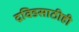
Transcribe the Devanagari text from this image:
द्रविडसाठीही